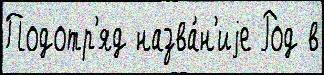
Подотр'яд назва́н'иjе Род в